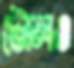
টোলও